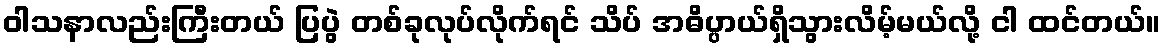
ဝါသနာလည်းကြီးတယ် ပြပွဲ တစ်ခုလုပ်လိုက်ရင် သိပ် အဓိပ္ပာယ်ရှိသွားလိမ့်မယ်လို့ ငါ ထင်တယ်။